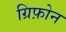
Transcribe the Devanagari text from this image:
ग्रिफ़ोन